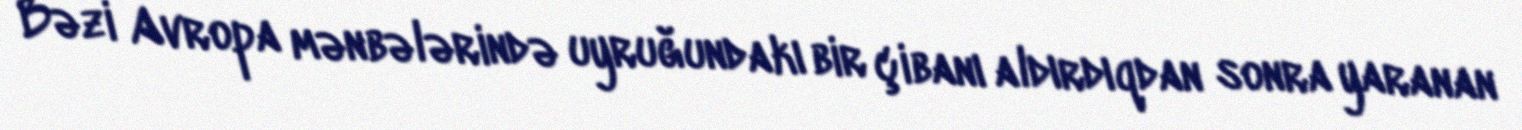
Bəzi Avropa mənbələrində uyruğundakı bir çibanı aldırdıqdan sonra yaranan